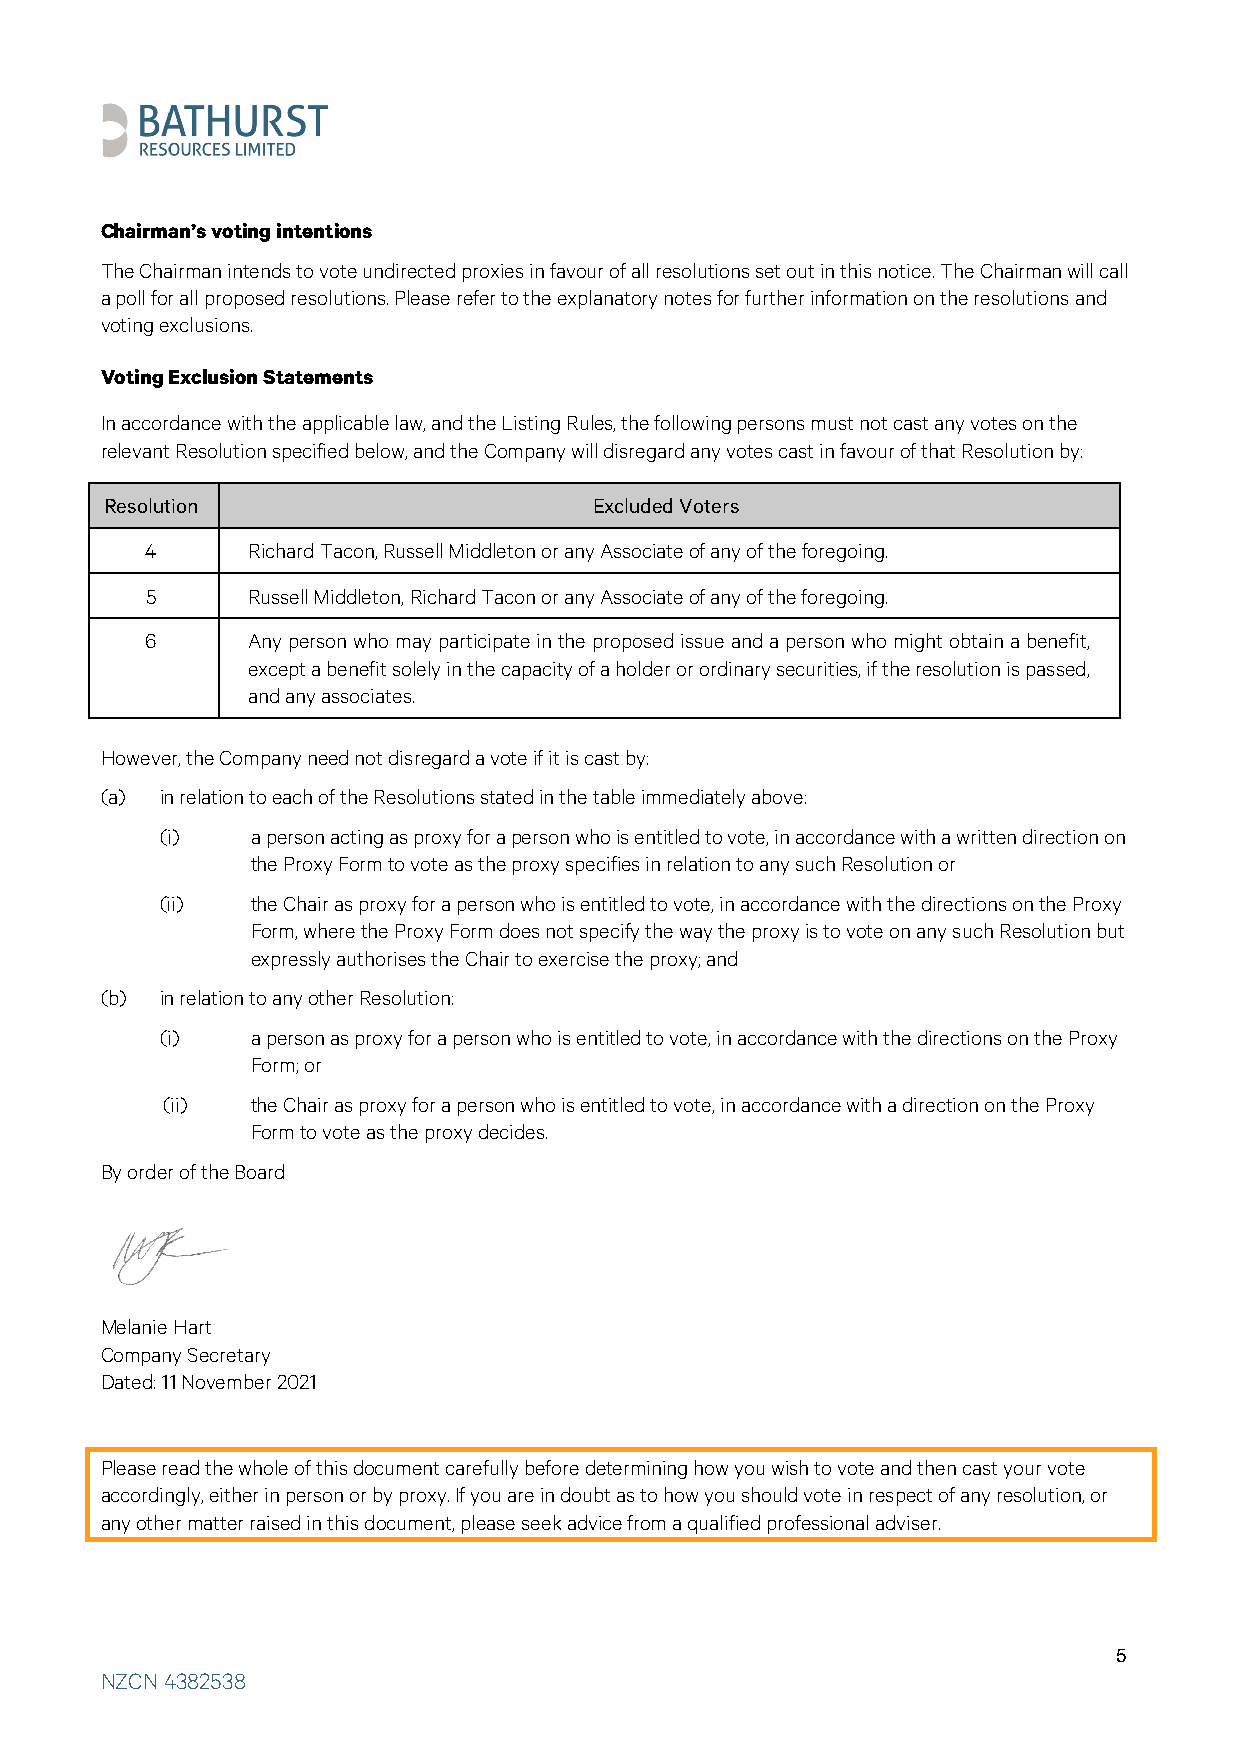
Chairman’s voting intentions
 The Chairman intends to vote undirected proxies in favour of all resolutions set out in this notice. The Chairman will call
 a poll for all proposed resolutions. Please refer to the explanatory notes for further information on the resolutions and
 voting exclusions.
 Voting Exclusion Statements
 In accordance with the applicable law, and the Listing Rules, the following persons must not cast any votes on the
 relevant Resolution specified below, and the Company will disregard any votes cast in favour of that Resolution by:
 Resolution                      Excluded Voters
 4     Richard Tacon, Russell Middleton or any Associate of any of the foregoing.
 5     Russell Middleton, Richard Tacon or any Associate of any of the foregoing.
 6     Any person who may participate in the proposed issue and a person who might obtain a benefit,
 except a benefit solely in the capacity of a holder or ordinary securities, if the resolution is passed,
 and any associates.
 However, the Company need not disregard a vote if it is cast by:
 (a) in relation to each of the Resolutions stated in the table immediately above:
 (i)   a person acting as proxy for a person who is entitled to vote, in accordance with a written direction on
 the Proxy Form to vote as the proxy specifies in relation to any such Resolution or
 (ii)  the Chair as proxy for a person who is entitled to vote, in accordance with the directions on the Proxy
 Form, where the Proxy Form does not specify the way the proxy is to vote on any such Resolution but
 expressly authorises the Chair to exercise the proxy; and
 (b) in relation to any other Resolution:
 (i)   a person as proxy for a person who is entitled to vote, in accordance with the directions on the Proxy
 Form; or
 (ii)  the Chair as proxy for a person who is entitled to vote, in accordance with a direction on the Proxy
 Form to vote as the proxy decides.
 By order of the Board
 Melanie Hart
 Company Secretary
 Dated: 11 November 2021
 Please read the whole of this document carefully before determining how you wish to vote and then cast your vote
 accordingly, either in person or by proxy. If you are in doubt as to how you should vote in respect of any resolution, or
 any other matter raised in this document, please seek advice from a qualified professional adviser.
 5
 NZCN 4382538